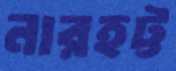
নারহট্ট